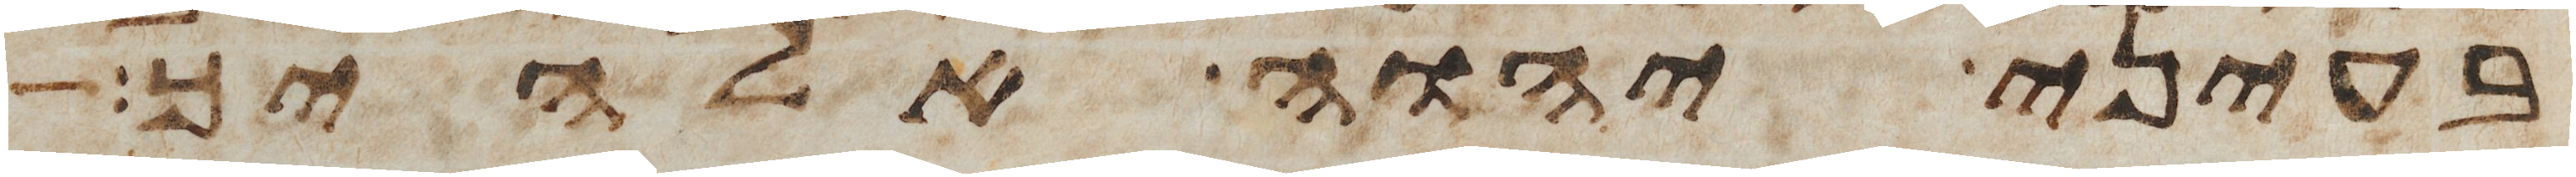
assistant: בעיני יהוה אלהיך